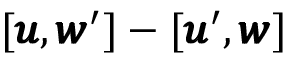
[ { \pmb u } , { \pmb w } ^ { \prime } ] - [ { \pmb u } ^ { \prime } , { \pmb w } ]